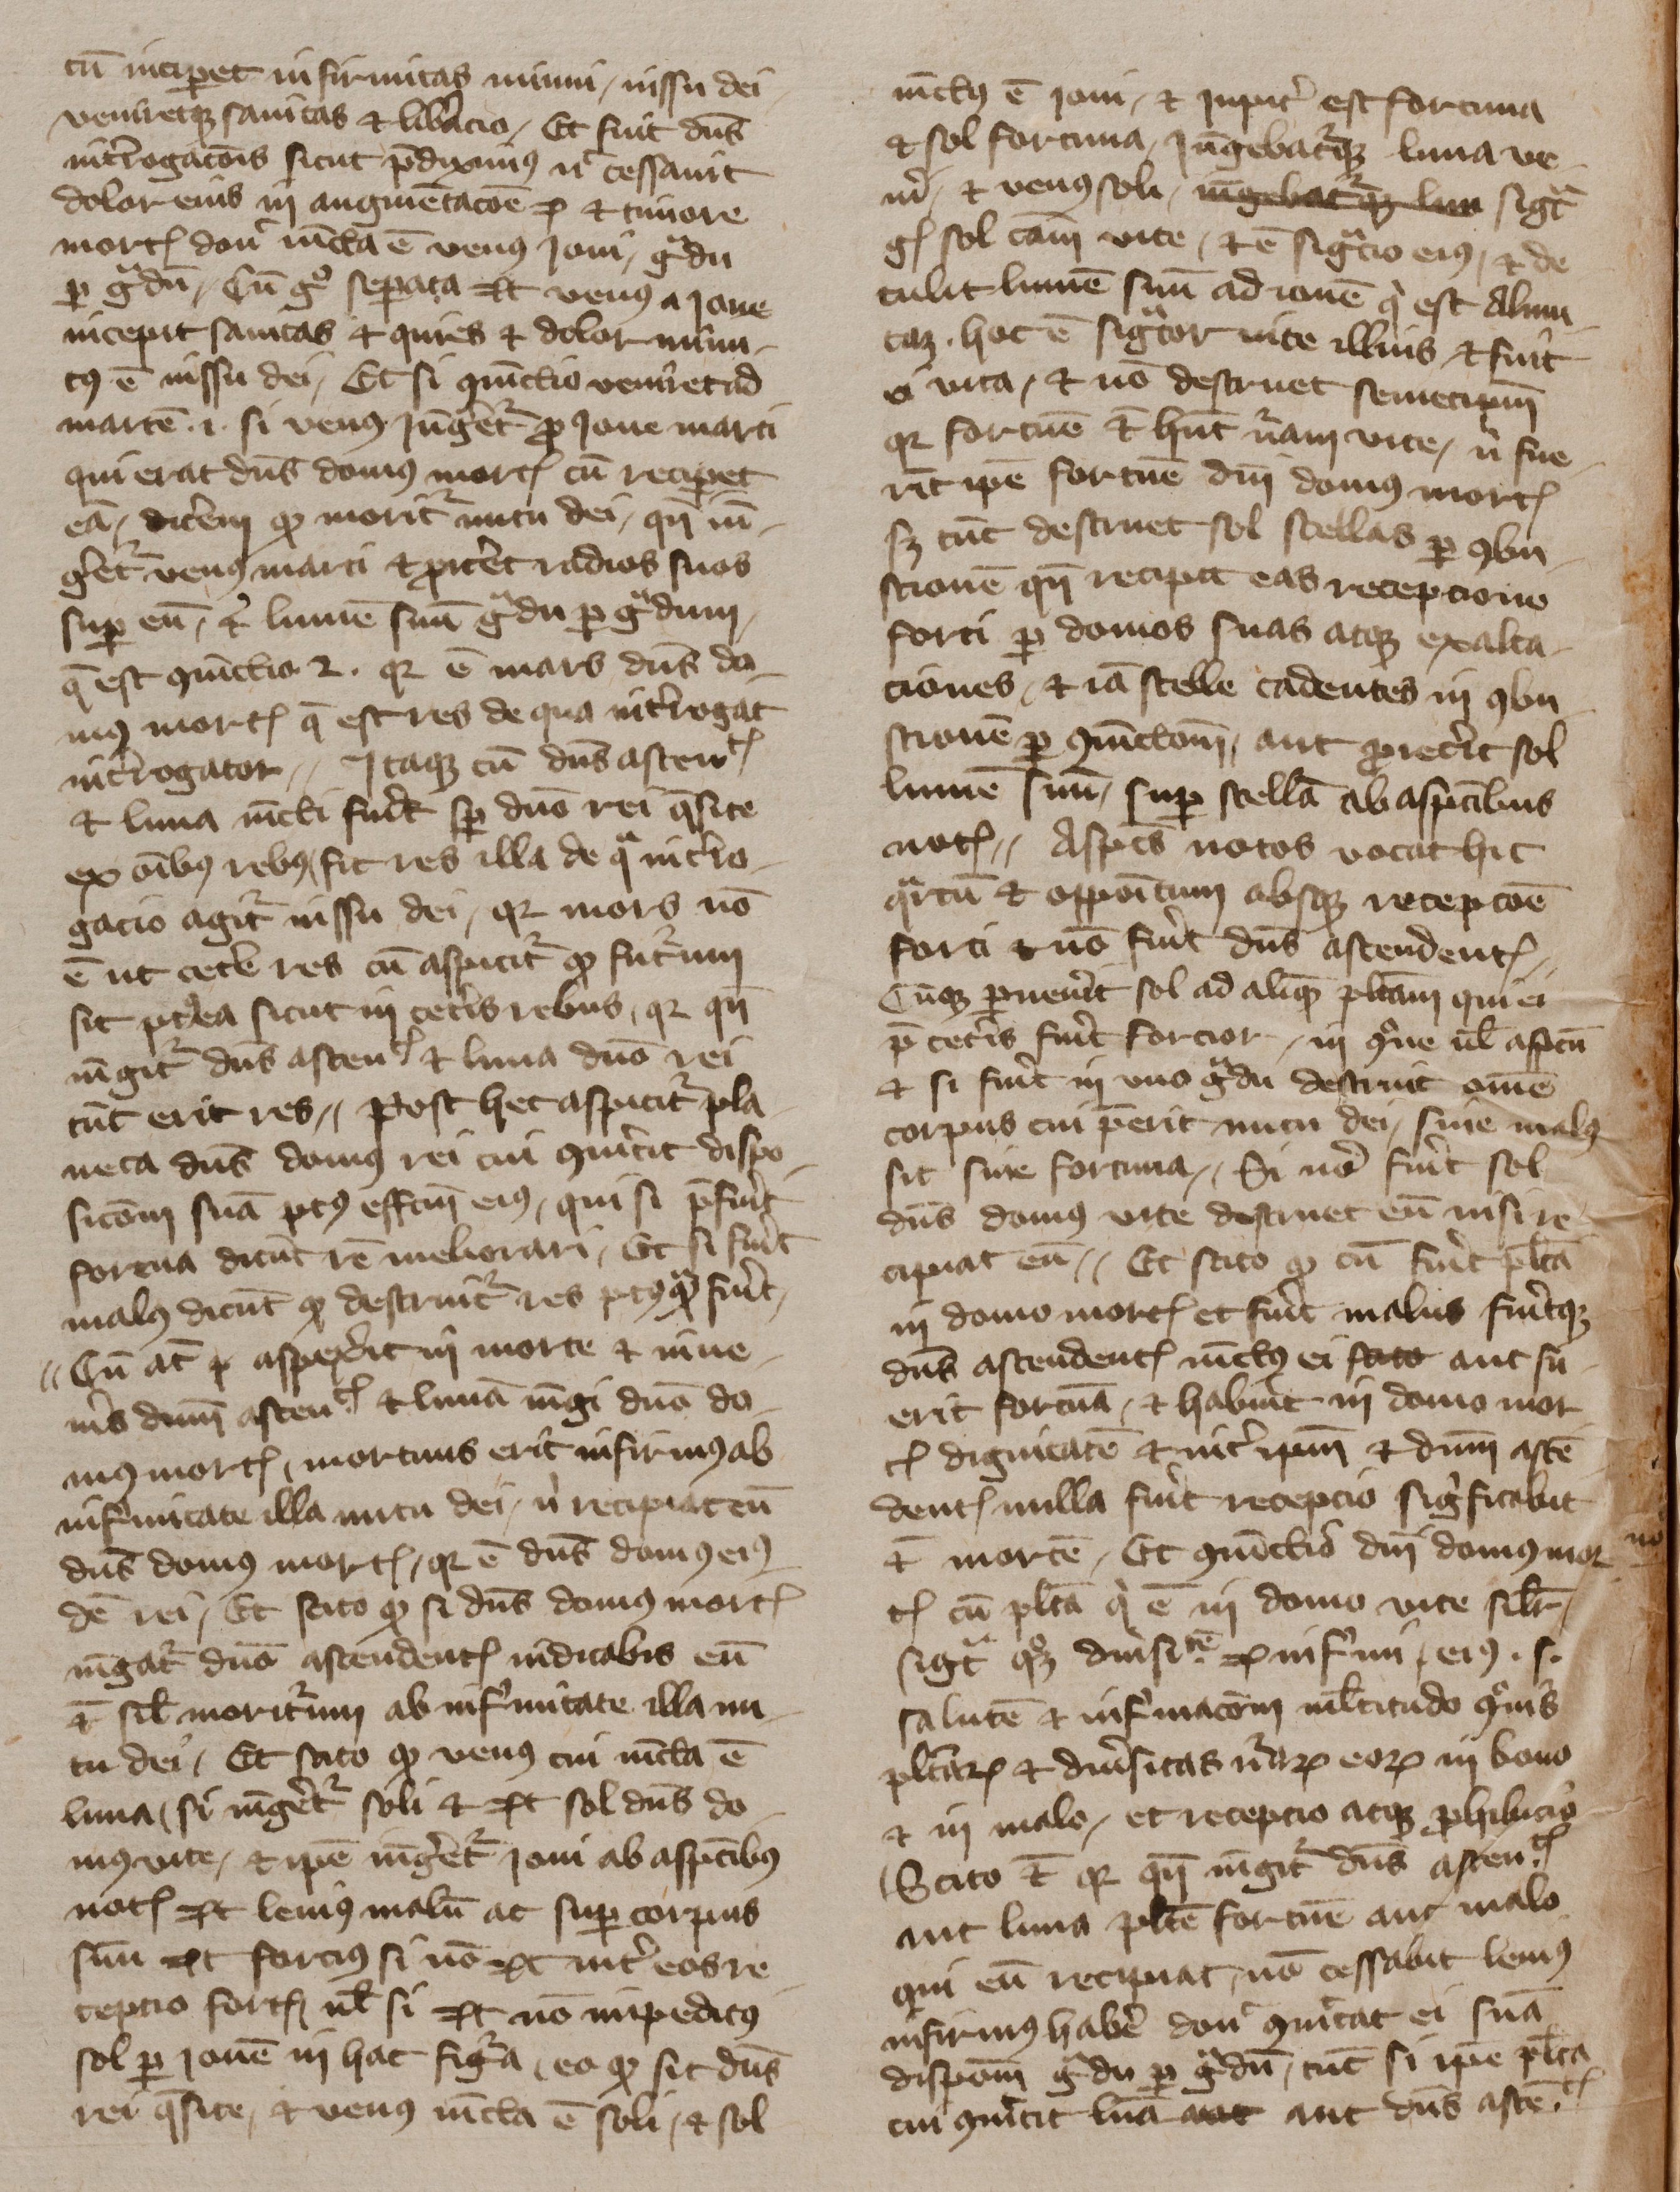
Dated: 1350–1424